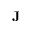
\mathbf { J }